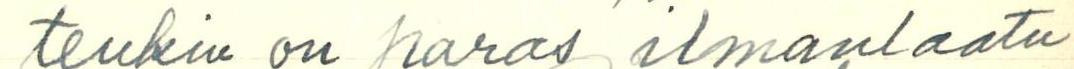
tenkin on paras ilmanlaatu